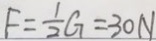
F = \frac { 1 } { 2 } G = 3 0 N